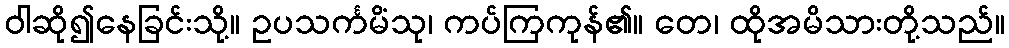
ဝါဆို၍နေခြင်းသို့။ ဥပသင်္ကမိံသု၊ ကပ်ကြကုန်၏။ တေ၊ ထိုအမိသားတို့သည်။